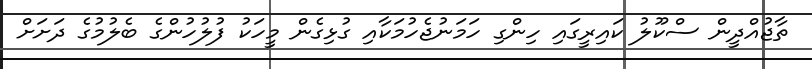
ތާޖުއްދީން ސްކޫލު ކައިރީގައި ހިންގި ހަމަނުޖެހުމަކާއި ގުޅިގެން މީހަކު ފުލުހުންގެ ބެލުމުގެ ދަށަށް